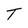
Character: T